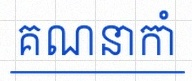
គណនាកាំ